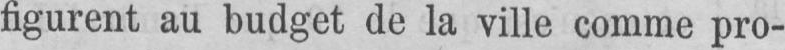
figurent au budget de la ville comme pro-